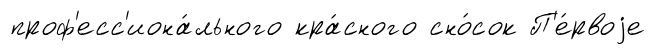
проф'есс'иона́льного кра́сного сно́сок П'е́рвоjе